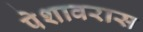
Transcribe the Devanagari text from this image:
पेशावरास